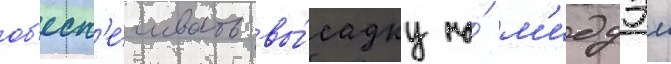
об'есп'е́чивать вы́садку на́ м'идуэи